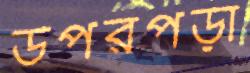
উপরপড়া